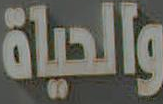
والحياة